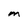
Character: m